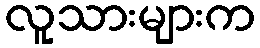
လူသားများက